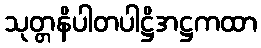
သုတ္တနိပါတပါဋ္ဌိအဋ္ဌကထာ